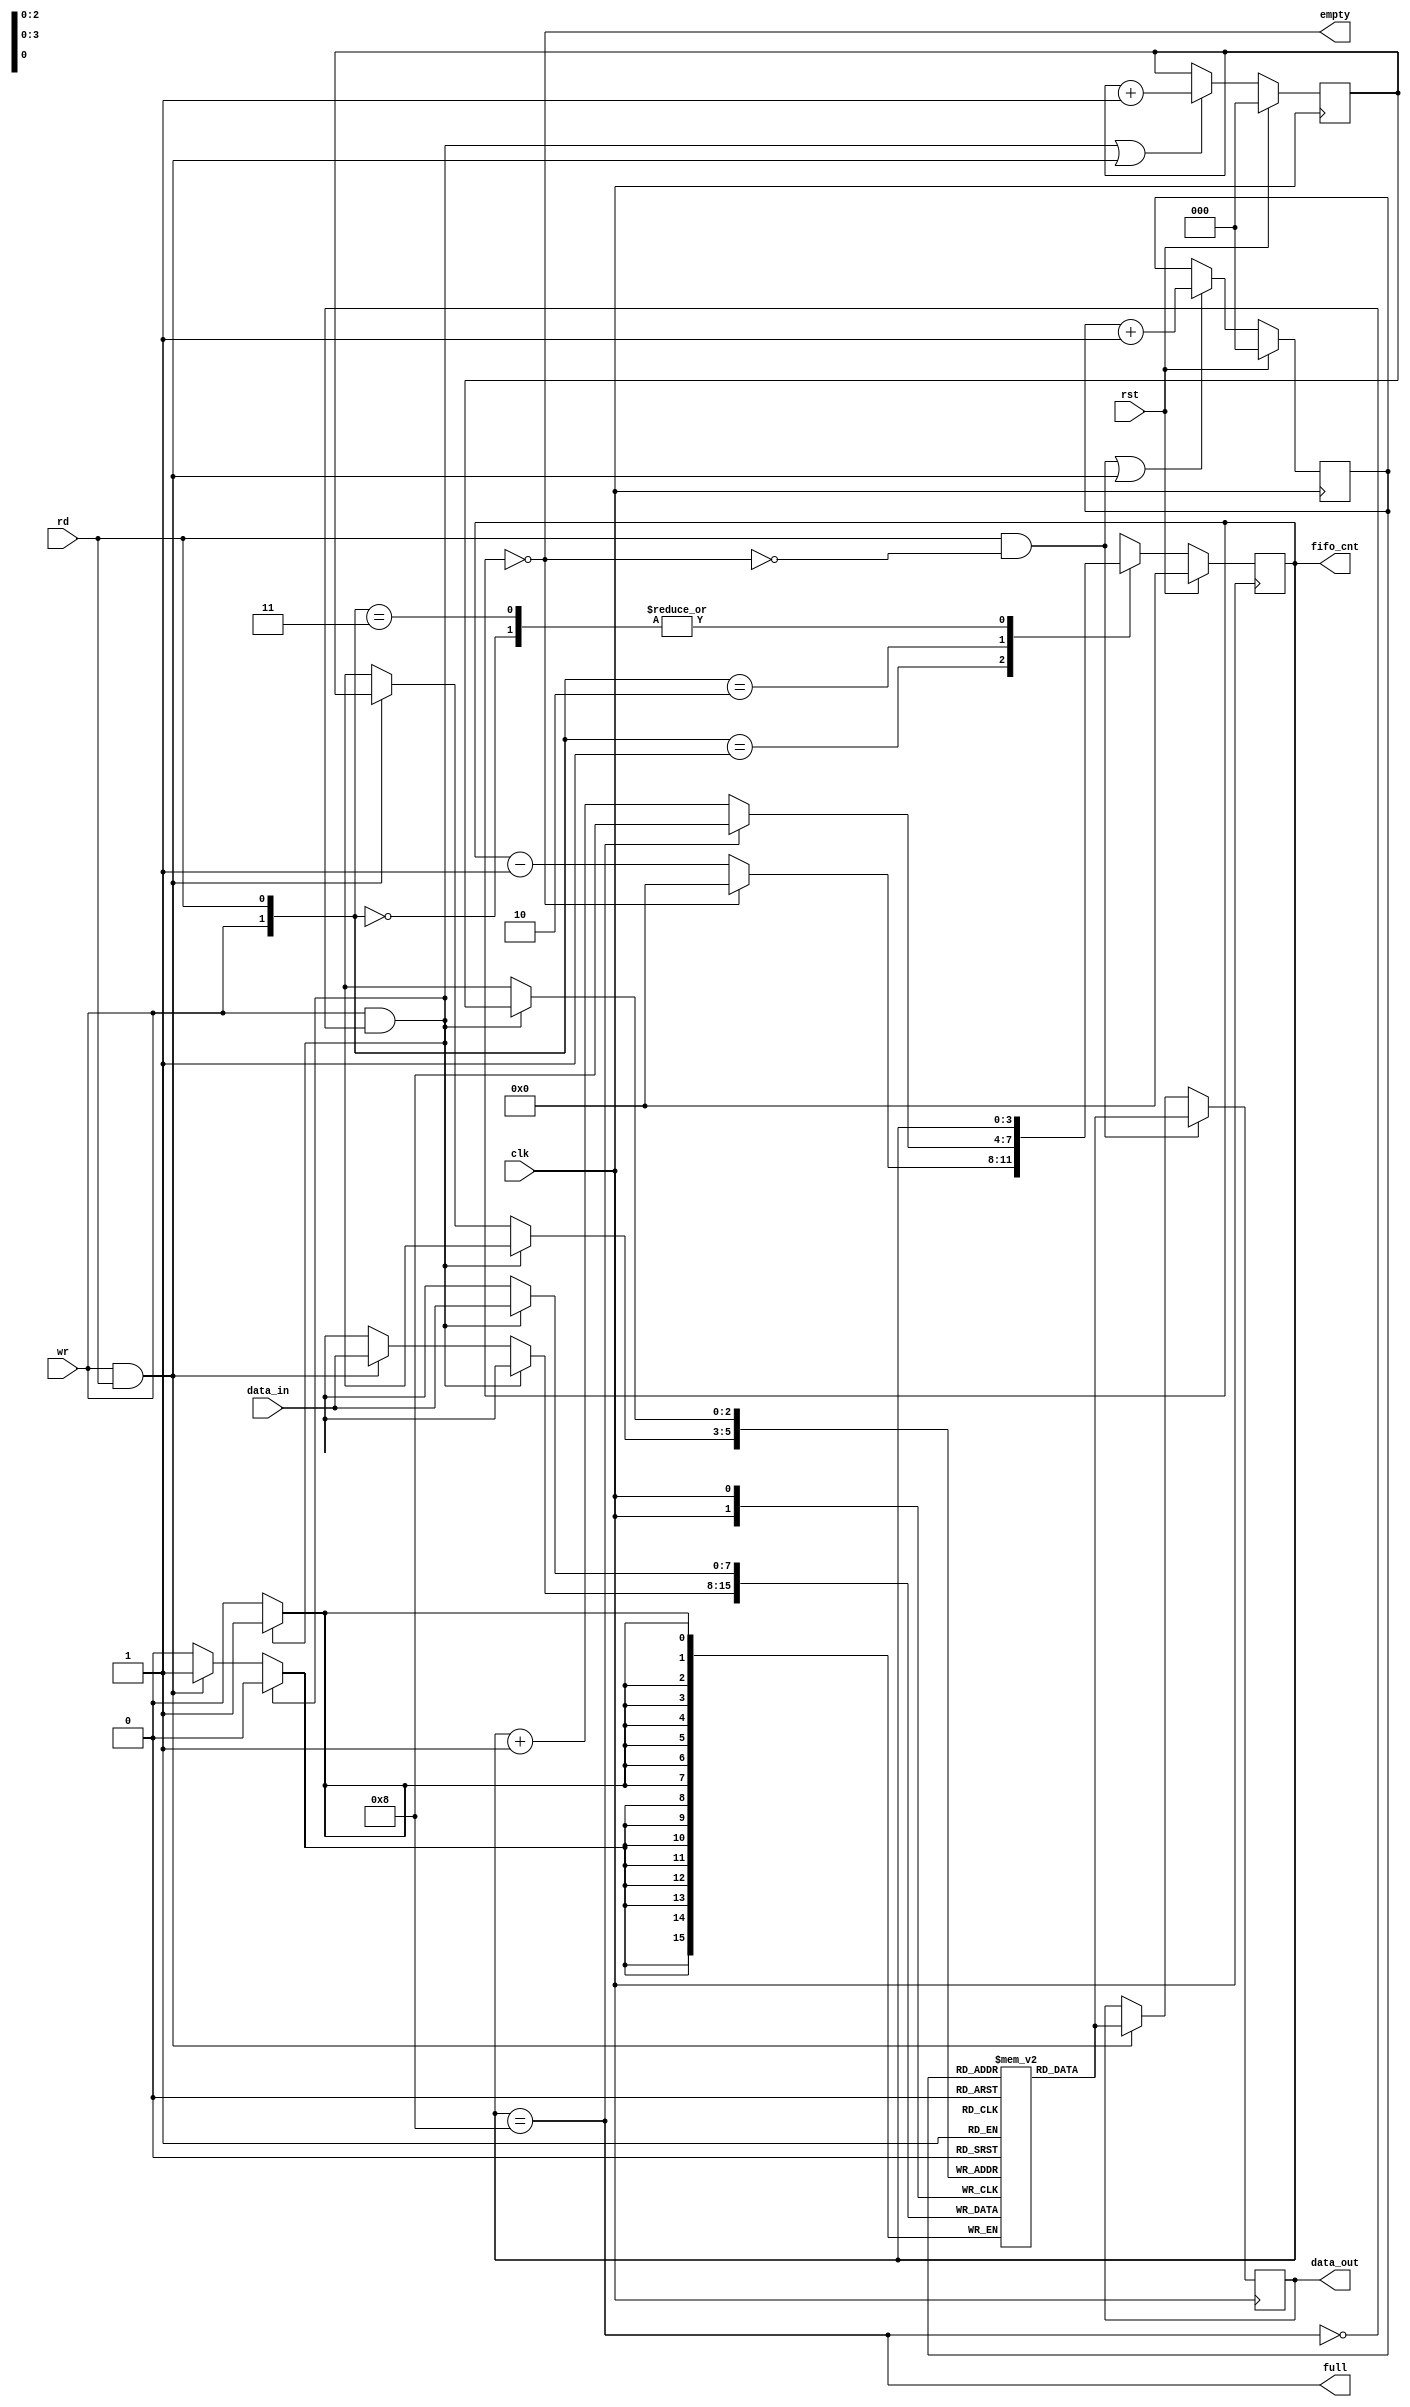
`timescale 1ns / 1ps

module synchronous_fifo (
input [7:0] data_in, input clk, rst, rd, wr,
output empty, full, output reg [3:0]fifo_cnt,
output reg [7:0] data_out);

reg [7:0] fifo_ram [0:7];
reg [2:0] rd_ptr, wr_ptr;
assign empty= (fifo_cnt==0);
assign full =(fifo_cnt==8);
always @(posedge clk) begin: write
if (wr && ! full)
fifo_ram [wr_ptr] <= data_in;
else if (wr && rd)
fifo_ram [wr_ptr] <= data_in;
end

//Read and Write Clock
always @ (posedge clk) begin: read
if (rd && !empty)
data_out <= fifo_ram [rd_ptr];
else if (rd && wr)
data_out <= fifo_ram [rd_ptr];
end

//pointer block
always @(posedge clk) begin: pointer
if (rst) begin
wr_ptr <= 0;
rd_ptr <= 0;
end 
else begin
wr_ptr <= ((wr && ! full) || (wr && rd)) ? wr_ptr+1 :
wr_ptr;
rd_ptr <= ((rd && !empty) || (wr && rd)) ? rd_ptr+1:
rd_ptr;
end
end

//counter
always @(posedge clk) begin: count
if (rst) fifo_cnt <= 0;
else begin
case ({wr, rd})
2'b00: fifo_cnt <= fifo_cnt;
2'b01: fifo_cnt <= (fifo_cnt==0) ? 0: fifo_cnt-1;
2'b10: fifo_cnt <= (fifo_cnt==8) ? 8: fifo_cnt+1;
2'b11 : fifo_cnt <= fifo_cnt;
default: fifo_cnt <= fifo_cnt;
endcase
end
end
endmodule